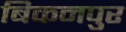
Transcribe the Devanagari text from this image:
बिकनपुर